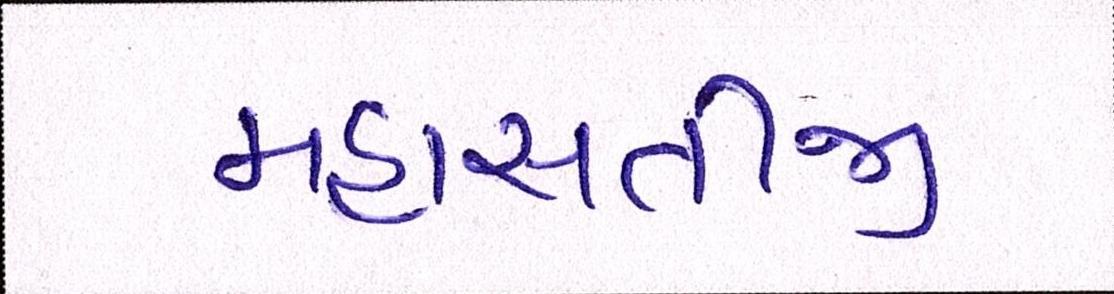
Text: મહાસતીજી